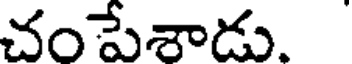
చంపేశాడు.